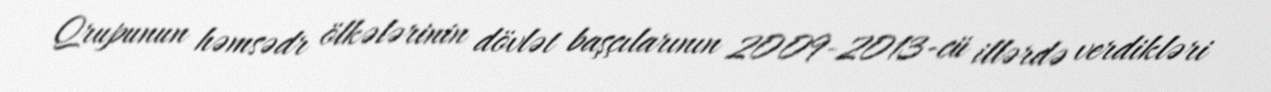
Qrupunun həmsədr ölkələrinin dövlət başçılarının 2009-2013-cü illərdə verdikləri